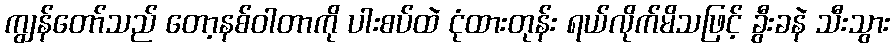
ကျွန်တော်သည် တော့နစ်ဝါတာကို ပါးစပ်ထဲ ငုံထားတုန်း ရယ်လိုက်မိသဖြင့် ခွီးခနဲ သီးသွား